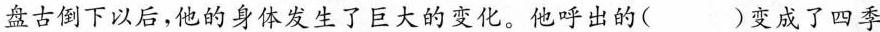
盘古倒下以后，他的身体发生了巨大的变化。他呼出的( )变成了四季